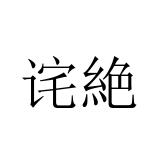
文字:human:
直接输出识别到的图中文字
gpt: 诧絶